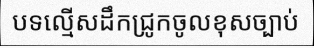
បទល្មើសដឹកជ្រូកចូលខុសច្បាប់